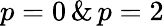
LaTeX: p=0\, \& \, p=2